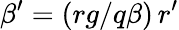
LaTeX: \beta^{\prime}=(rg/q\beta)\, r^{\prime}